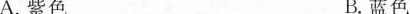
A.紫色 B.蓝色